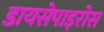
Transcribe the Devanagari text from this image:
डायसेपाइरोस